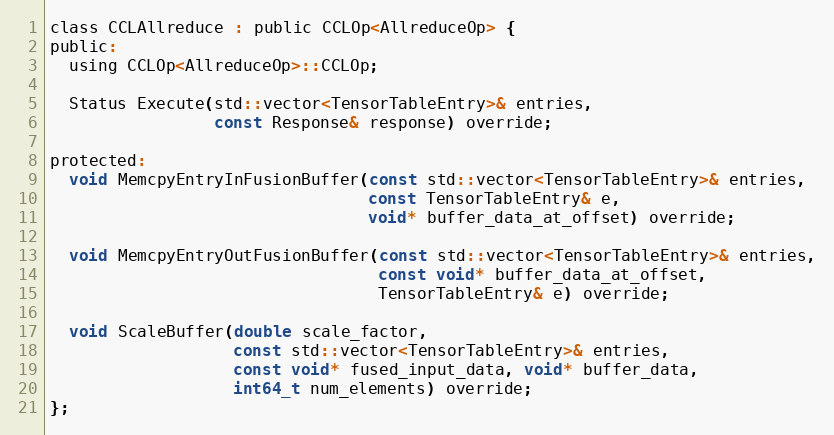
Language: C
class CCLAllreduce : public CCLOp<AllreduceOp> {
public:
  using CCLOp<AllreduceOp>::CCLOp;

  Status Execute(std::vector<TensorTableEntry>& entries,
                 const Response& response) override;

protected:
  void MemcpyEntryInFusionBuffer(const std::vector<TensorTableEntry>& entries,
                                 const TensorTableEntry& e,
                                 void* buffer_data_at_offset) override;

  void MemcpyEntryOutFusionBuffer(const std::vector<TensorTableEntry>& entries,
                                  const void* buffer_data_at_offset,
                                  TensorTableEntry& e) override;

  void ScaleBuffer(double scale_factor,
                   const std::vector<TensorTableEntry>& entries,
                   const void* fused_input_data, void* buffer_data,
                   int64_t num_elements) override;
};